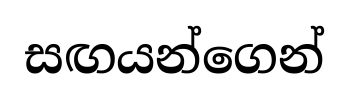
සඟයන්ගෙන්